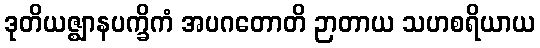
ဒုတိယဇ္ဈာနပက္ခိကံ အပဂတောတိ ဉာတာယ သဟစရိယာယ